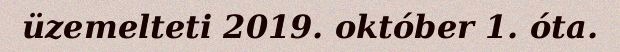
üzemelteti 2019. október 1. óta.